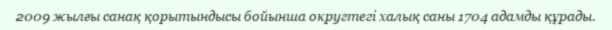
2009 жылғы санақ қорытындысы бойынша округтегі халық саны 1704 адамды құрады.